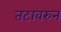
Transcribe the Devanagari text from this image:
तटावरुन